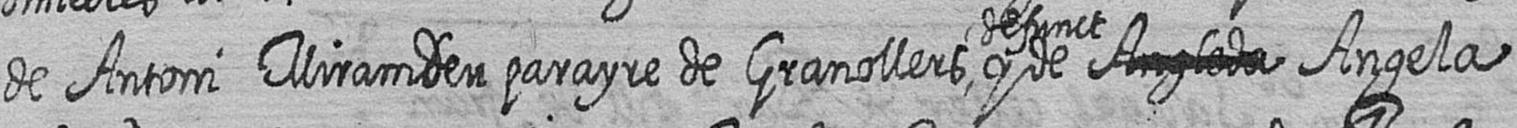
de Antoni Miramdeu parayre de Granollers defunct y de # Angela